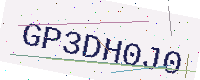
Text: GP3DH0J0